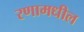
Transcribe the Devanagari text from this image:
रणामधील